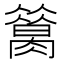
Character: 𦠪